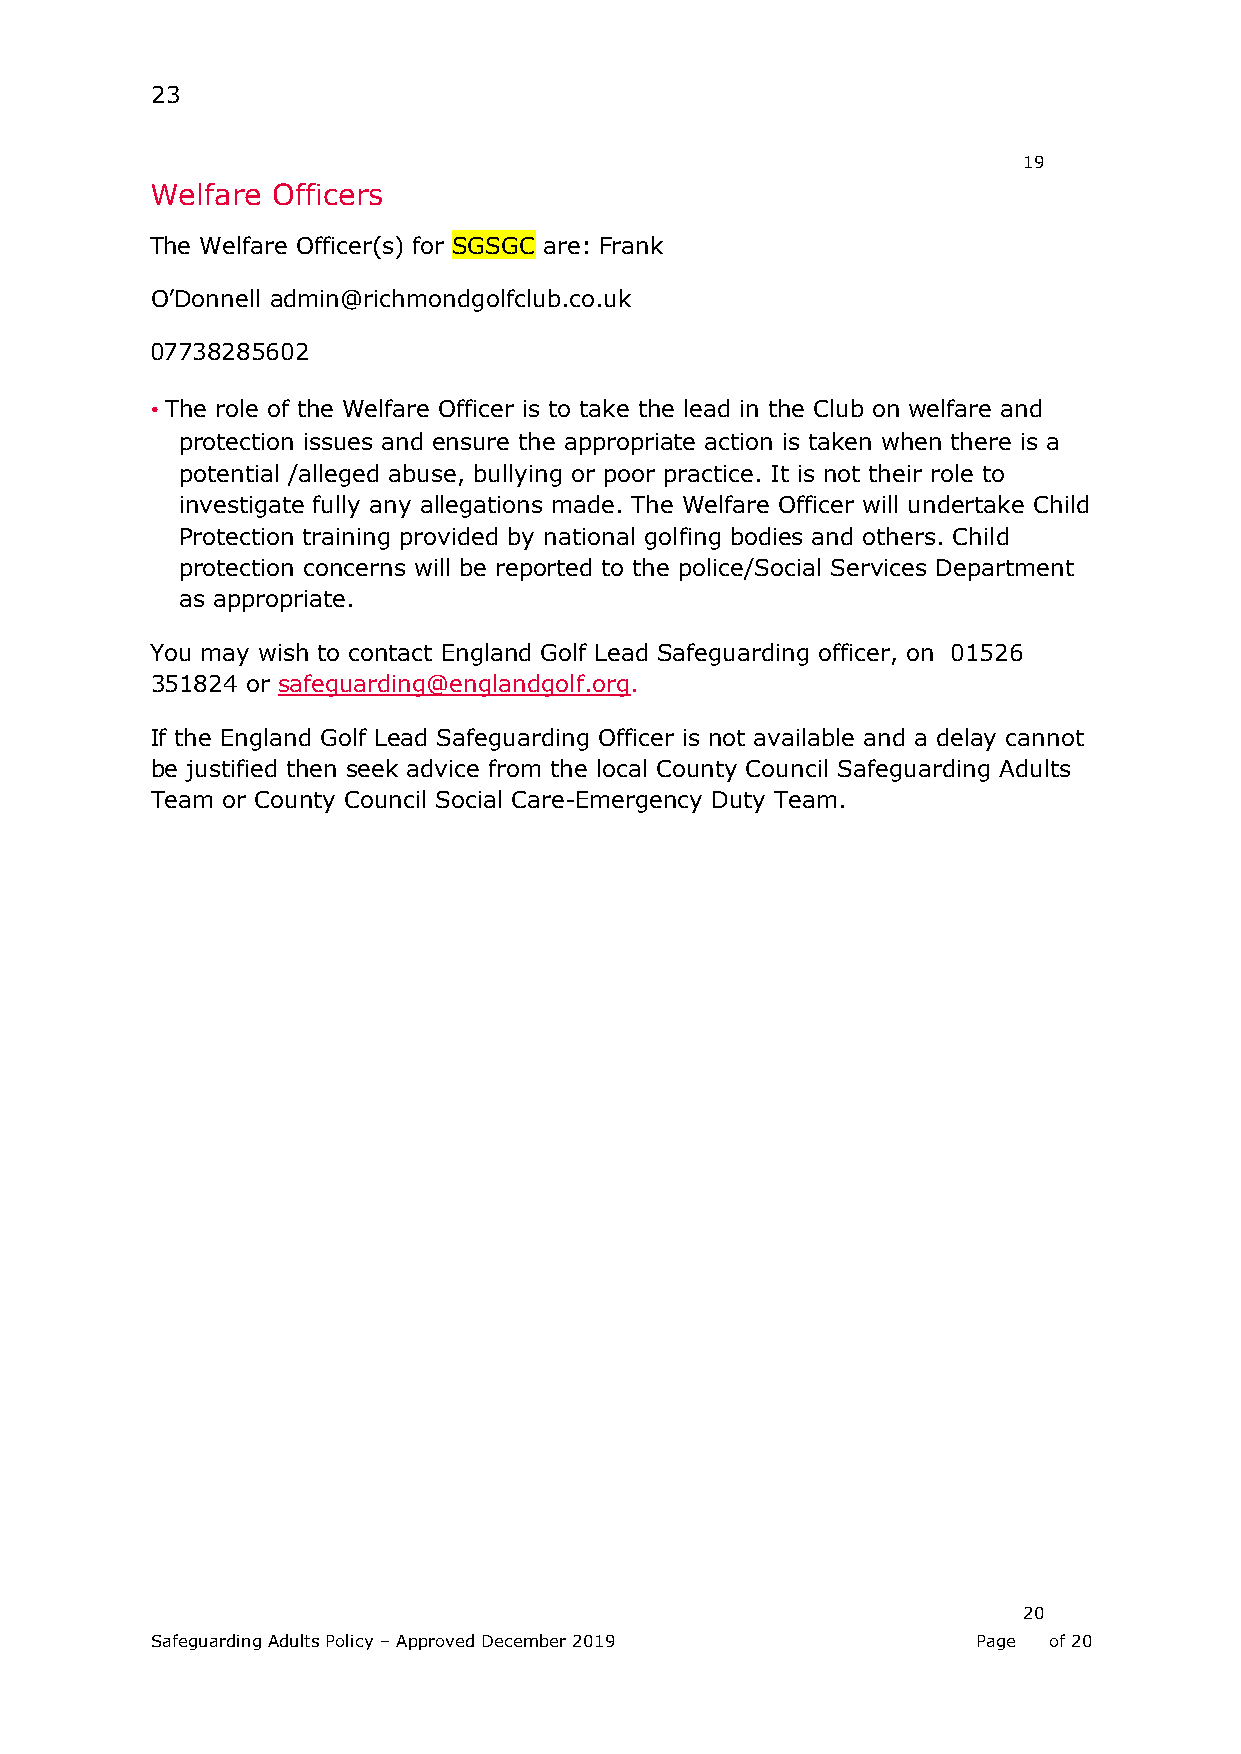
23
 19
 Welfare Officers
 The Welfare Officer(s) for SGSGC are: Frank
 O’Donnell admin@richmondgolfclub.co.uk
 07738285602
 • The role of the Welfare Officer is to take the lead in the Club on welfare and
 protection issues and ensure the appropriate action is taken when there is a
 potential /alleged abuse, bullying or poor practice. It is not their role to
 investigate fully any allegations made. The Welfare Officer will undertake Child
 Protection training provided by national golfing bodies and others. Child
 protection concerns will be reported to the police/Social Services Department
 as appropriate.
 You may wish to contact England Golf Lead Safeguarding officer, on 01526
 351824 or safeguarding@englandgolf.org.
 If the England Golf Lead Safeguarding Officer is not available and a delay cannot
 be justified then seek advice from the local County Council Safeguarding Adults
 Team or County Council Social Care-Emergency Duty Team.
 20
 Safeguarding Adults Policy – Approved December 2019    Page of 20